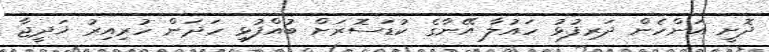
ދޮށީ އަންހެން ދަރިފުޅު ހައުލާ އޭނާގެ ކުޑަސޮރަށް ބުއްފުޅި ހަދަން ހުރިއިރު ޚަދީޖާ